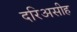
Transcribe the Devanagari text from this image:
दरिअसीह